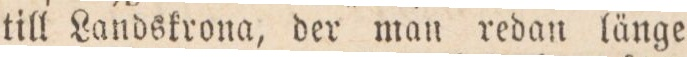
till Landskrona, der man redan länge